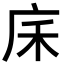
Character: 𢇲